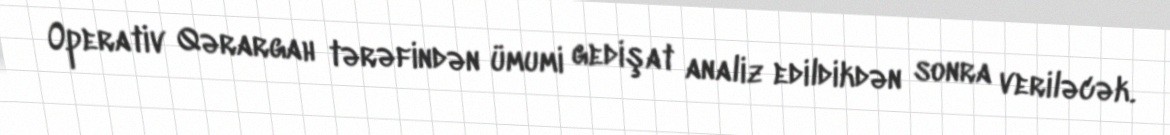
Operativ Qərargah tərəfindən ümumi gedişat analiz edildikdən sonra veriləcək.